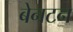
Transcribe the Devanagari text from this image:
बेनटन